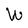
Character: W